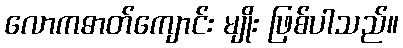
လောကဓာတ်ကျောင်း မျိုး ဖြစ်ပါသည်။